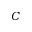
C